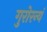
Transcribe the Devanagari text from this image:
गुरोरन्यं